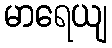
မာရေယျ